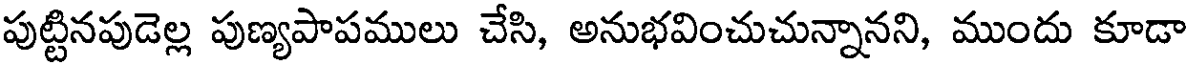
పుట్టినపుడెల్ల పుణ్యపాపములు చేసి, అనుభవించుచున్నానని, ముందు కూడా